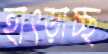
হাৎড়াচ্ছ